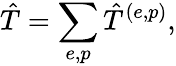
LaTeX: \hat{T}=\sum_{e,p}\hat{T}^{(e,p)},